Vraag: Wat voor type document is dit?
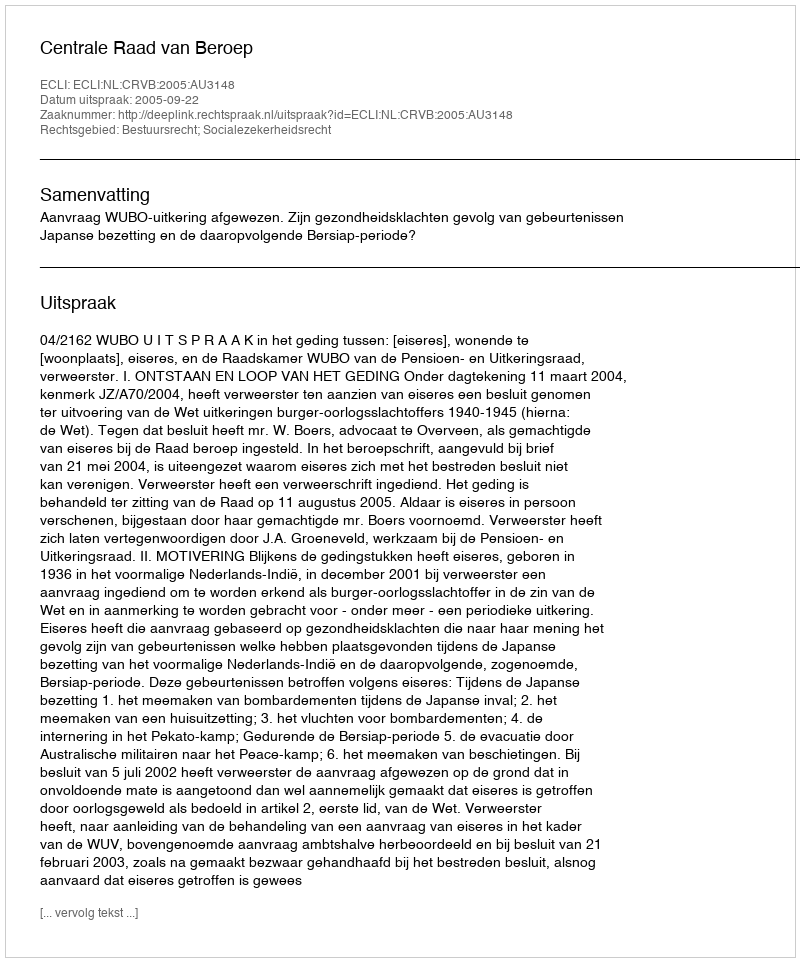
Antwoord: Uitspraak